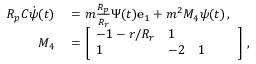
\begin{array} { r l } { R _ { p } C \dot { \boldsymbol { \psi } } ( t ) } & { { } = m \frac { R _ { p } } { R _ { r } } \Psi ( t ) \mathbf { e } _ { 1 } + m ^ { 2 } M _ { 4 } \boldsymbol { \psi } ( t ) \, , } \\ { M _ { 4 } } & { { } = \left[ \begin{array} { l l l l l } { - 1 - r / R _ { r } } & { 1 } & { } & { } & { } \\ { 1 } & { - 2 } & { 1 } & { } & { } \end{array} \right] \, , } \end{array}